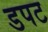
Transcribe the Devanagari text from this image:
डपट